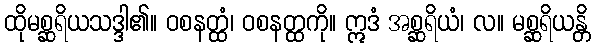
ထိုမစ္ဆရိယသဒ္ဒါ၏။ ဝစနတ္ထံ၊ ဝစနတ္ထကို။ ဣဒံ အစ္ဆရိယံ၊ လ။ မစ္ဆရိယန္တိ